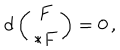
d \left( \begin{array} { c } { { F } } \\ { { * F } } \\ \end{array} \right) = 0 \, ,